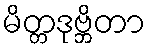
မိတ္တဒုဗ္ဘိတာ